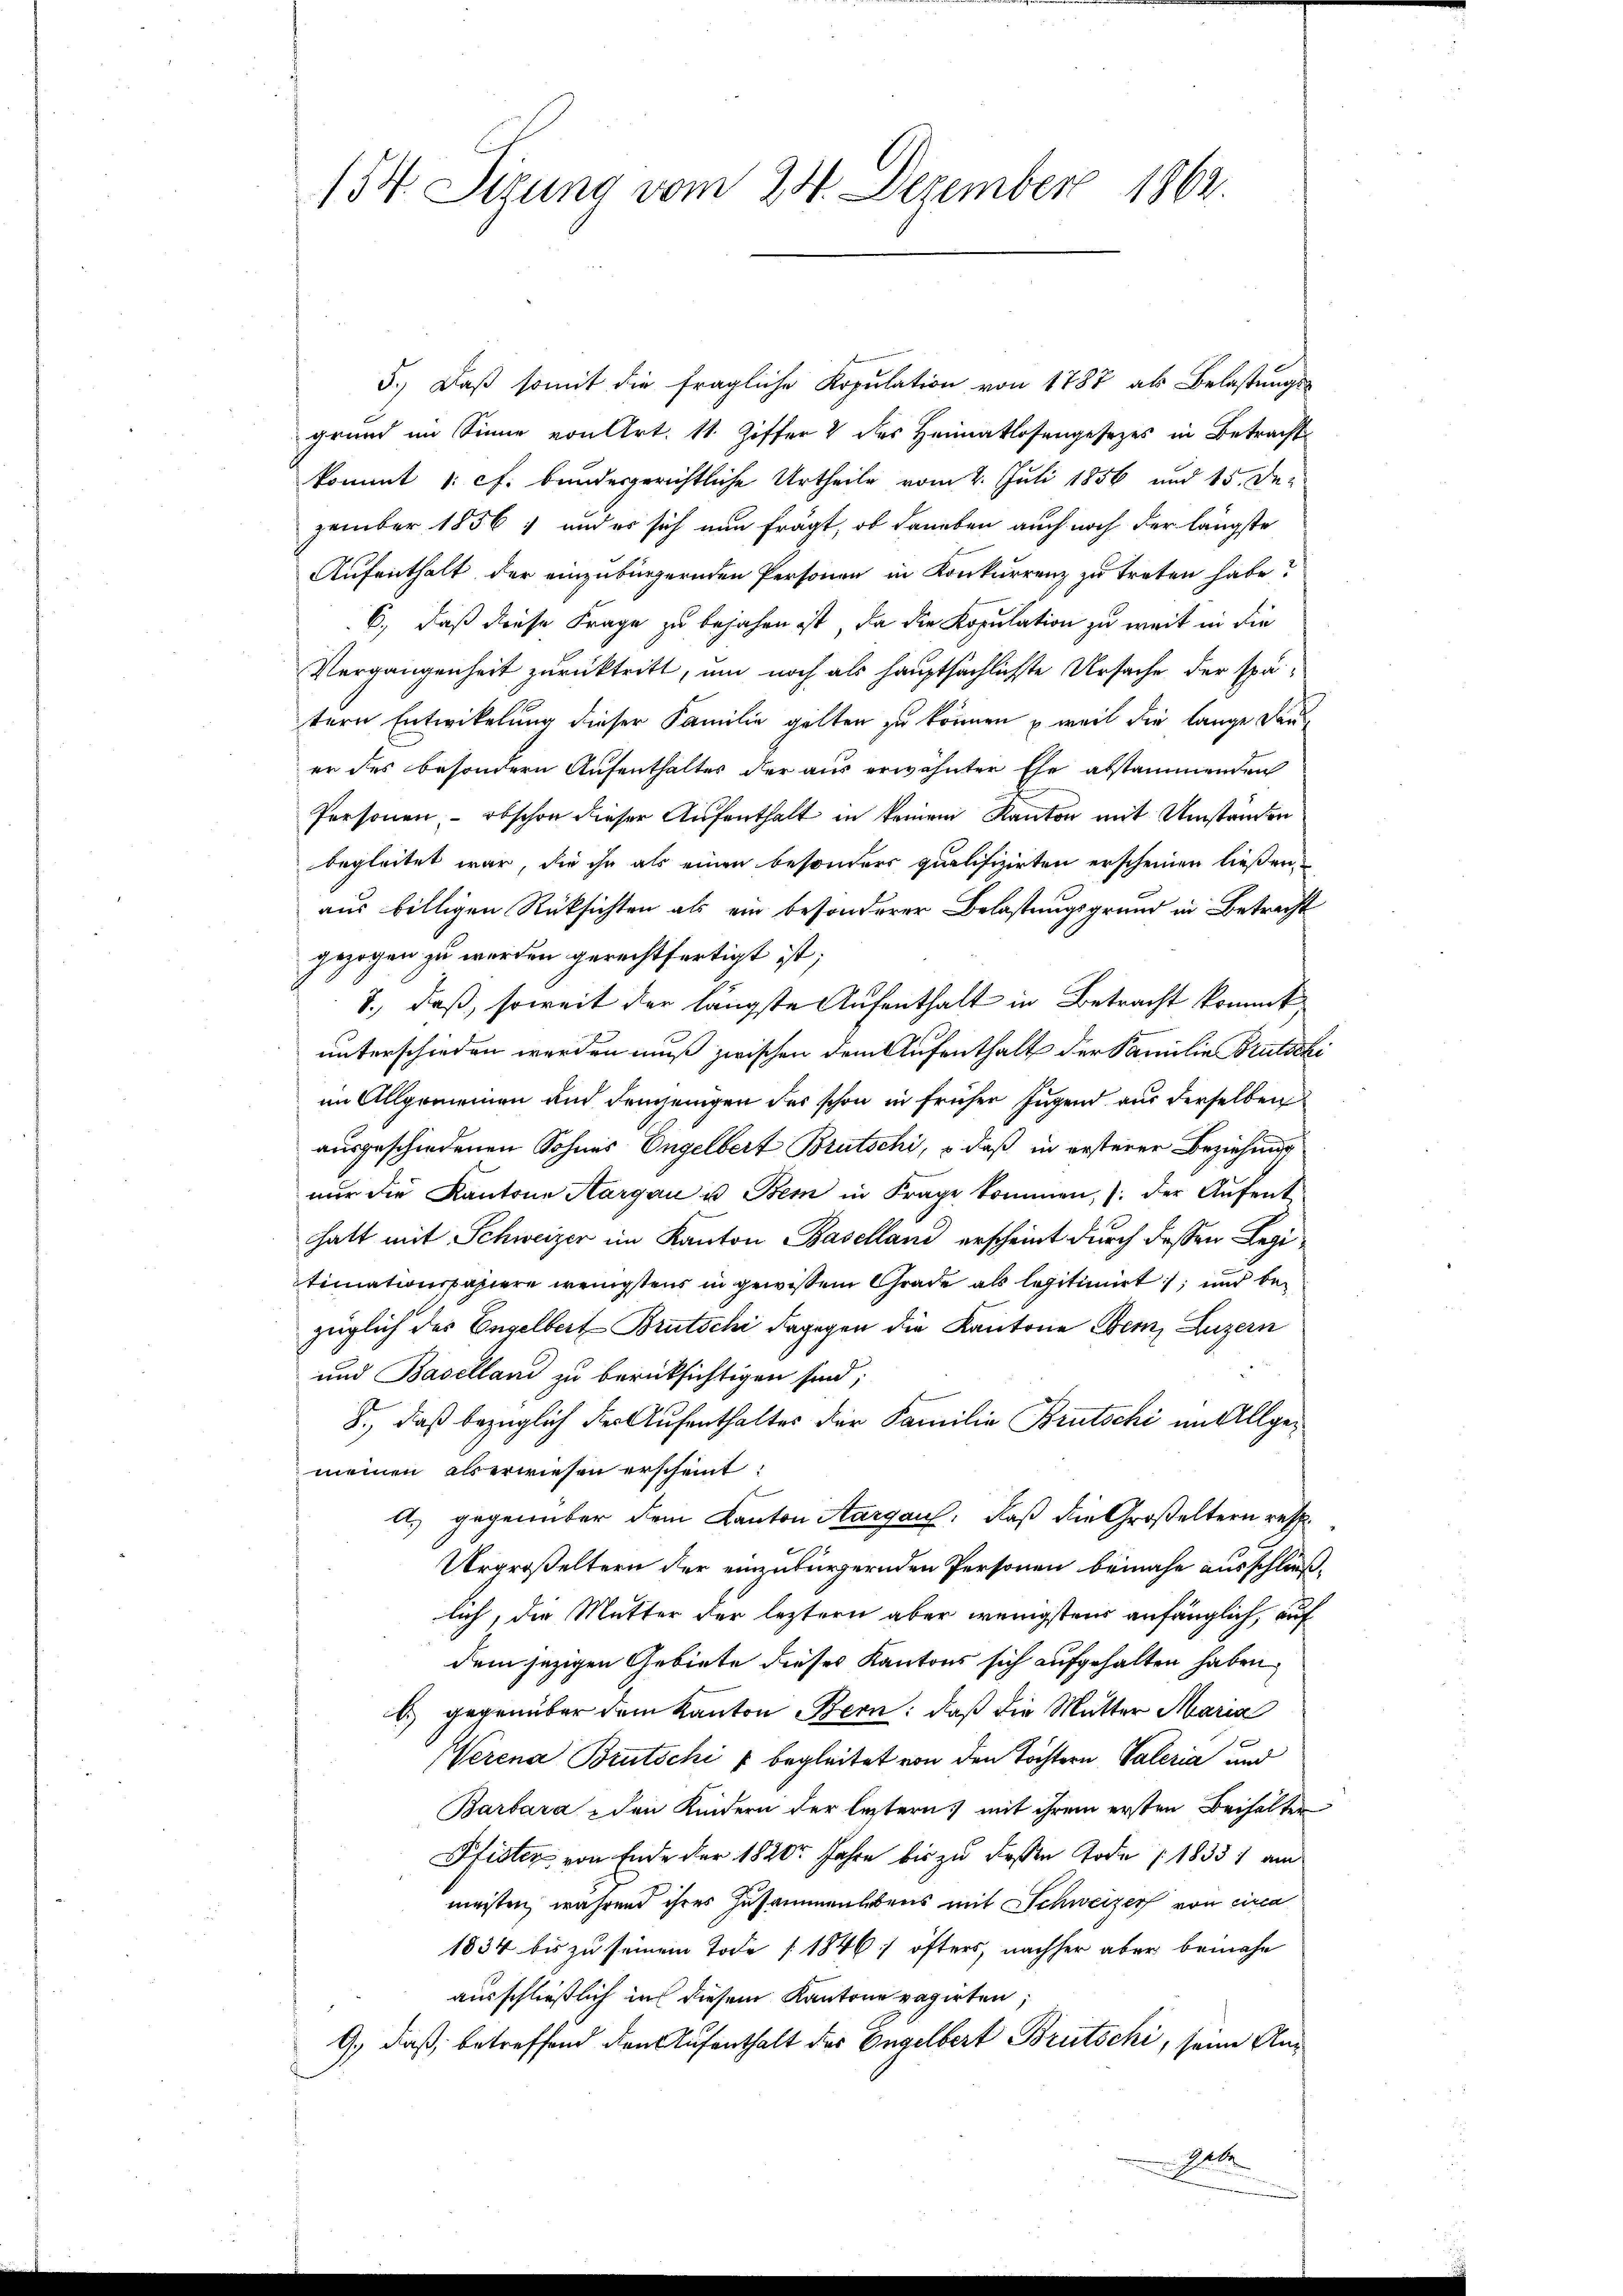
154 digung vom 24. Dezember 1862.

5.) Daß somit die fragliche Kopulation von 1787 als Belastungsgrund im Sinne von Art. 11. Ziffer 2 des Heimatlosengesezes in Betracht
kommt : cf. bundesgerichtliche Urtheile vom 2. Juli 1856 und 15. der
zember 1856 und es sich nun frägt, ob daneben auch noch der längste
Aufenthalt der einzubürgernden Personen in Konkurrenz zu treten habe?
B., daß diese Frage zu bejahen ist, da die Kopulation zu weit in die
Vergangenheit zurücktritt, um noch als hauptsächlichte Ursache der spätern Entwickelung dieser Familie gelten zu können, – weil die lange Dauer des besondern Aufenthaltes der aus erwähnter Ehe abstammenden
Personen - obschon dieser Aufenthalt in keinem Kanton mit Umständen
begleitet war, die ihn als einen besonders qualifizirten erscheinen ließen.
aus billigen Rücksichten als ein besonderer Belastungsgrund in Betracht
gezogen zu werden gerechtfertigt ist;
7., daß, soweit der längste Aufenthalt in Betracht kommt,
unterschieden werden muß zwischen dem Aufenthalt der Familie Brutschi
im Allgemeinen und demjenigen des schon in früher Jugend aus derselben
ausgeschiedenen Sohnes Engelbert Brutschi, o daß in ersterer Beziehung
nŭr die Kantone Aargau u. Bern in Frage kommen, der Aŭfent
hatt mit Schweizer im Kanton Baselland erscheint durch dessen Legitimationspapiere wenigstens in gewissem Grade als legitimirt, und bei
züglich des Engelbert-Brutschi dagegen die Kantone Bern, Luzern
und Baselland zu berücksichtigen sind;
8., daß bezüglich der Aufenthaltes der Familie Brutschi im Allgemeinen aberwiesen erscheint:
f
A.) gegenüber dem Kanton Aargau, daß die Großeltern resp
Urgroßeltern der einzubürgernden Personen beinahe ausschließlich, die Mutter der leztern aber wenigstens anfänglich, auf
dem jezigen Gebiete dieses Kantons sich aufgehalten haben,
b) gegenüber dem Kanton Bern: daß die Mutter Maria
Verena Brutschi u begleitet von den Töchtern Vateria und
Barbara den Kindern der leztern mit ihrem ersten Beihalter
Pfister von Ende der 1820 Jahre bis zu dessen Tode 18331 am
meisten, während ihres Zusammenlebens mit Schweizer von circa
1834 bis zu seinem Tode [1846/ öfters, nachher aber beinahe
ausschließlich in diesem Kantone vagirten
G., daß betreffend den Aufenthalt des Engelbert Brutschi, seine An¬
A